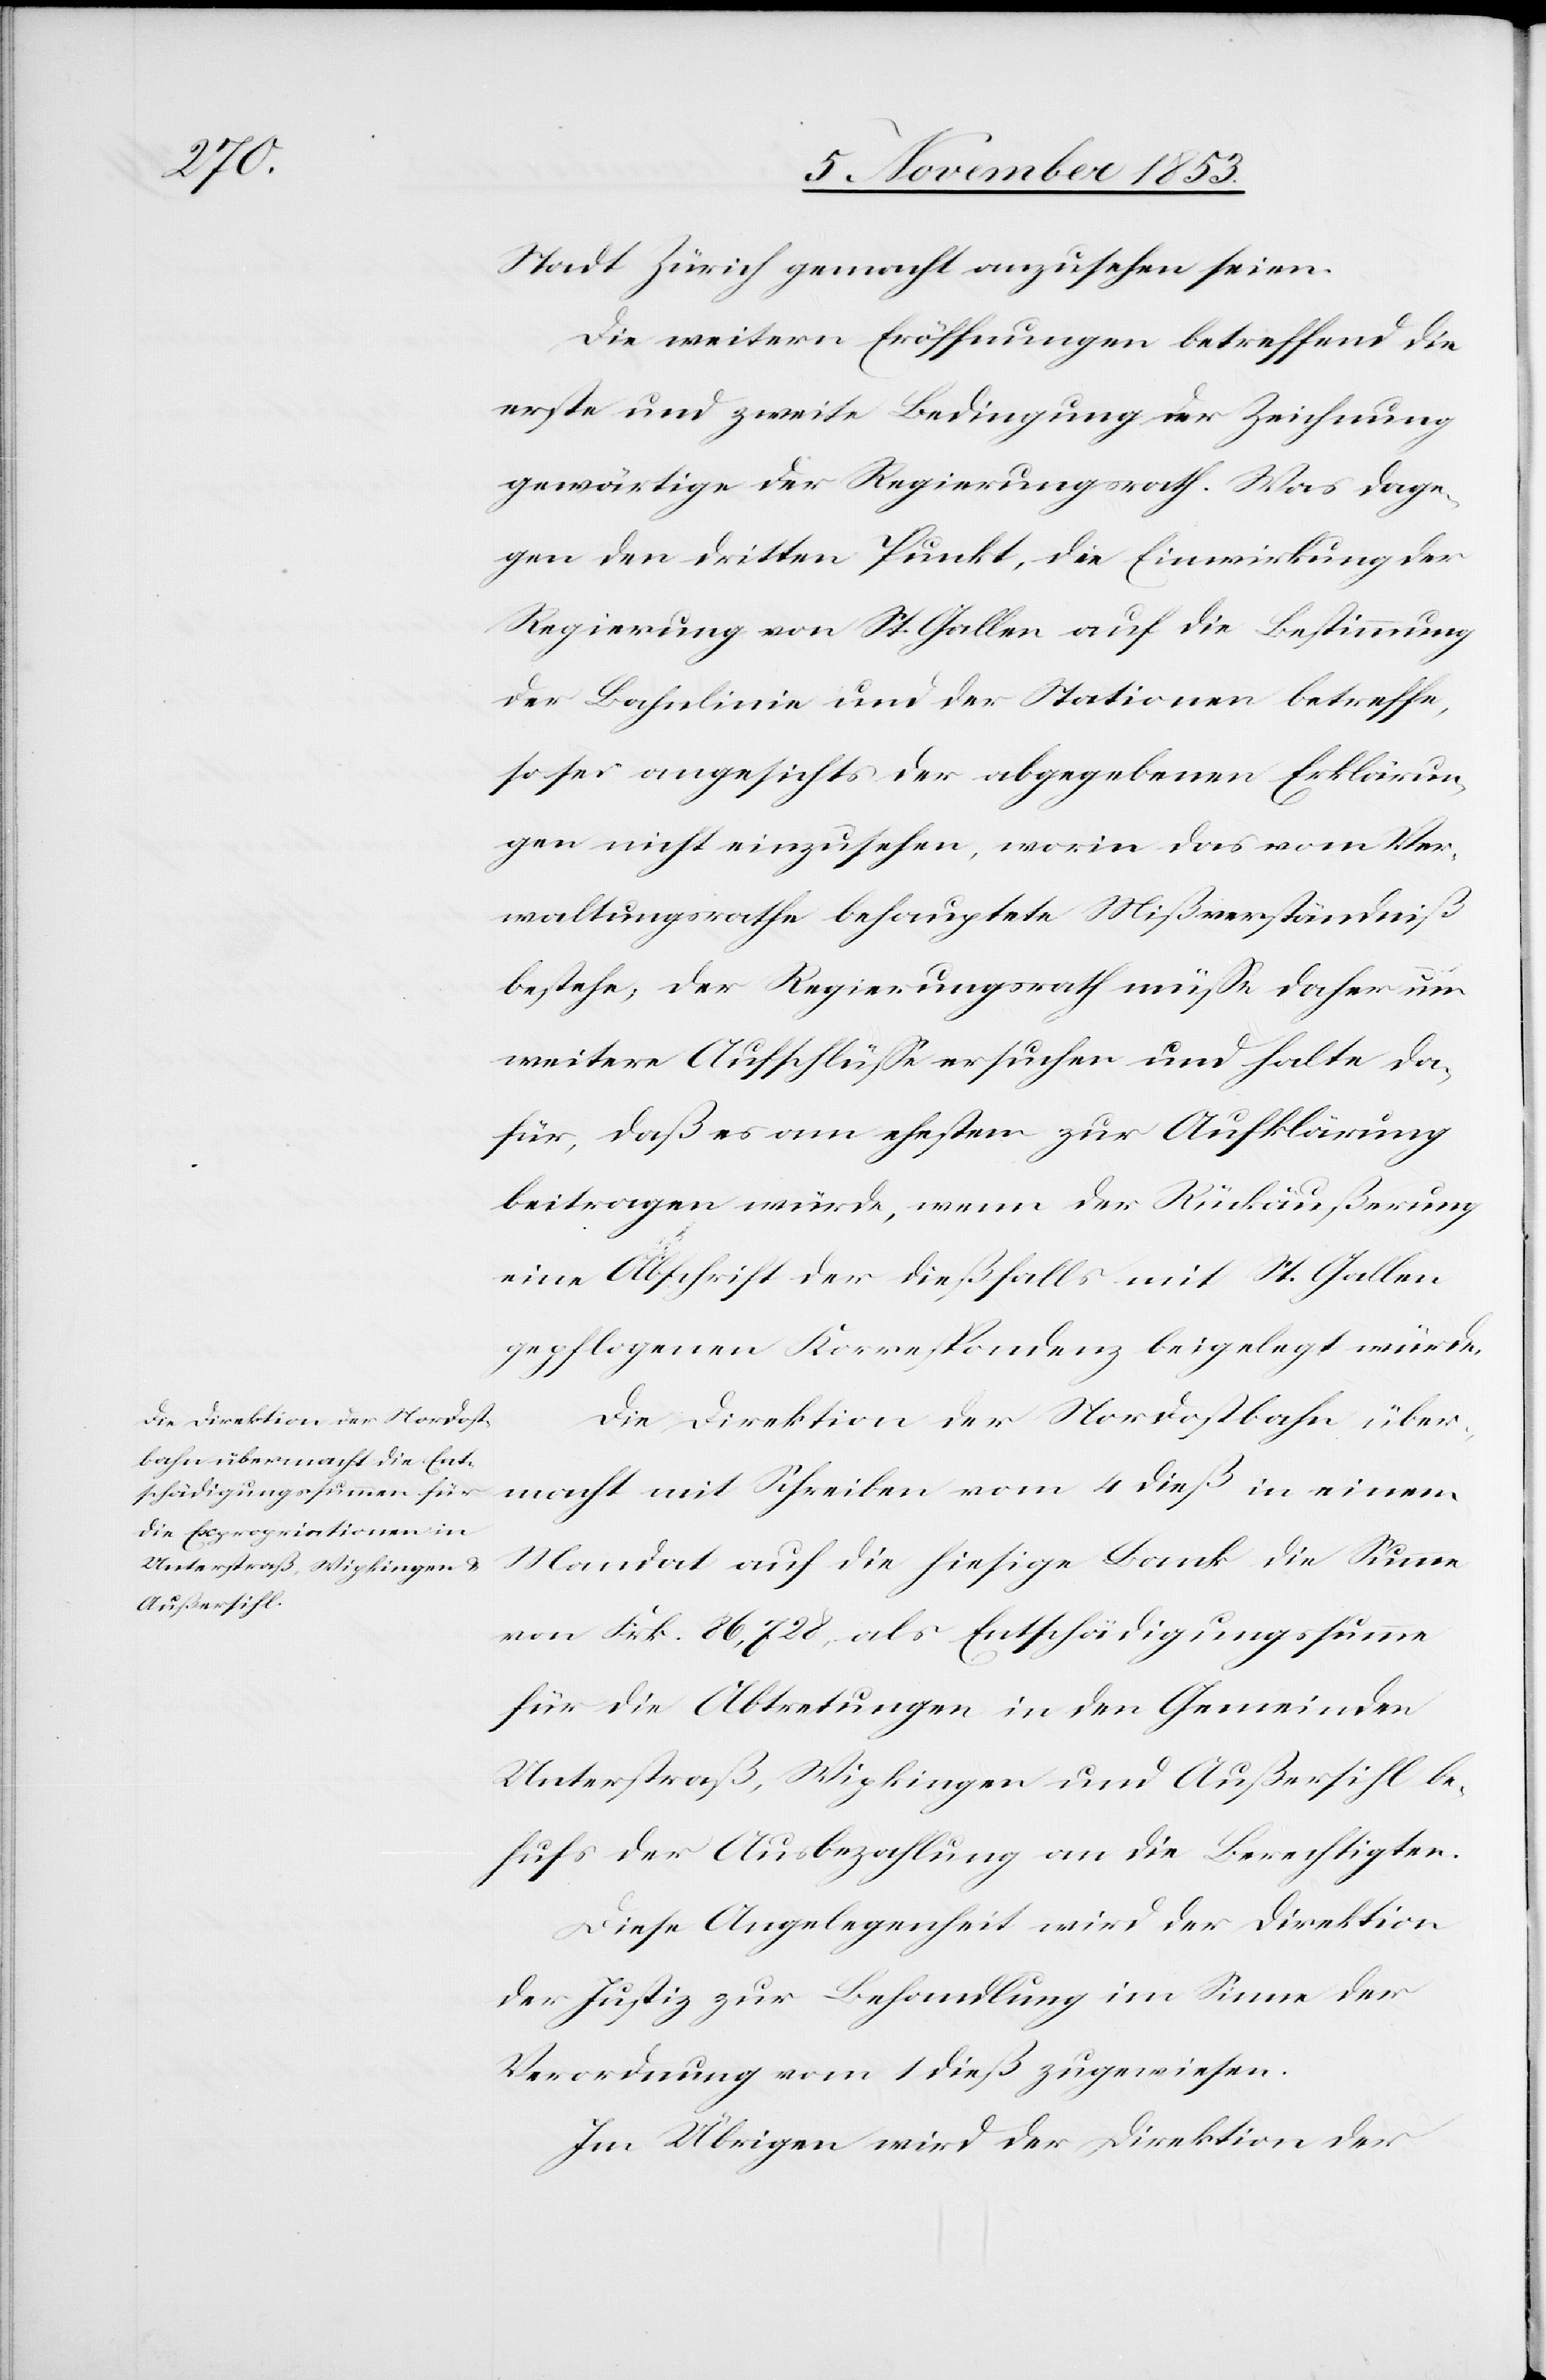
Stadt Zürich gemacht anzusehen seien.
Die weitern Eröffnungen betreffend die
erste und zweite Bedingung der Zeichnung
gewärtige der Regierungsrath. Was dage¬
gen den dritten Punkt, die Einwirkung der
Regierung von St. Gallen auf die Bestimmung
der Bahnlinie und der Stationen betreffe,
so sei angesichts der abgegebenen Erklärun¬
gen nicht einzusehen, worin das vom Ver¬
waltungsrathe behauptete Mißverständniß
bestehe, der Regierungsrath müße daher um
weitere Aufschlüße ersuchen und halte da¬
für, daß es am ehesten zur Aufklärung
beitragen würde, wenn der Rückäußerung
eine Abschrift der dießfalls mit St. Gallen
geschlagenen Korrespondenz beigelegt würde.
Die Direktion der Nordostbahn über¬
macht mit Schreiben vom 4 dieß in einem
Mandat auf die hiesige Bank die Summe
von Frk. 86,728, als Entschädigungssumme
für die Abtretungen in den Gemeinden
Unterstraß, Wipkingen und Außersihl be¬
hufs der Ausbezahlung an die Berechtigten.
Die Angelegenheit wird der Direktion
der Justiz zur Behandlung im Sinne der
Verordnung vom 1 dieß zugewiesen.
Im Uebrigen wird der Direktion der